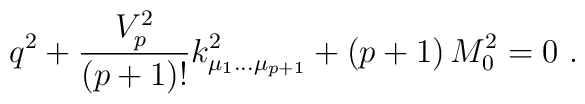
q^2 + {V_p^2\over (p+1)!}	k^2_{\mu_1\dots\mu_{p+1}} +(p+1)\, M_0^2=0\ .